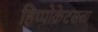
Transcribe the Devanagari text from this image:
हिप्पोक्रेटसला